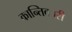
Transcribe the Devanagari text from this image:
कान्तिकारी